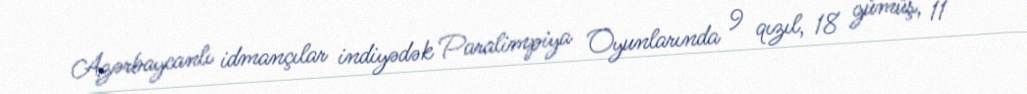
Azərbaycanlı idmançılar indiyədək Paralimpiya Oyunlarında 9 qızıl, 18 gümüş, 11